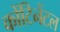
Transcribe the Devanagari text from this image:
कोंटिनेंटल